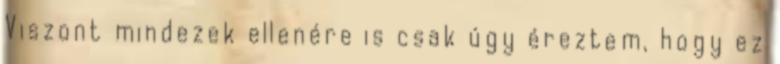
Viszont mindezek ellenére is csak úgy éreztem, hogy ez